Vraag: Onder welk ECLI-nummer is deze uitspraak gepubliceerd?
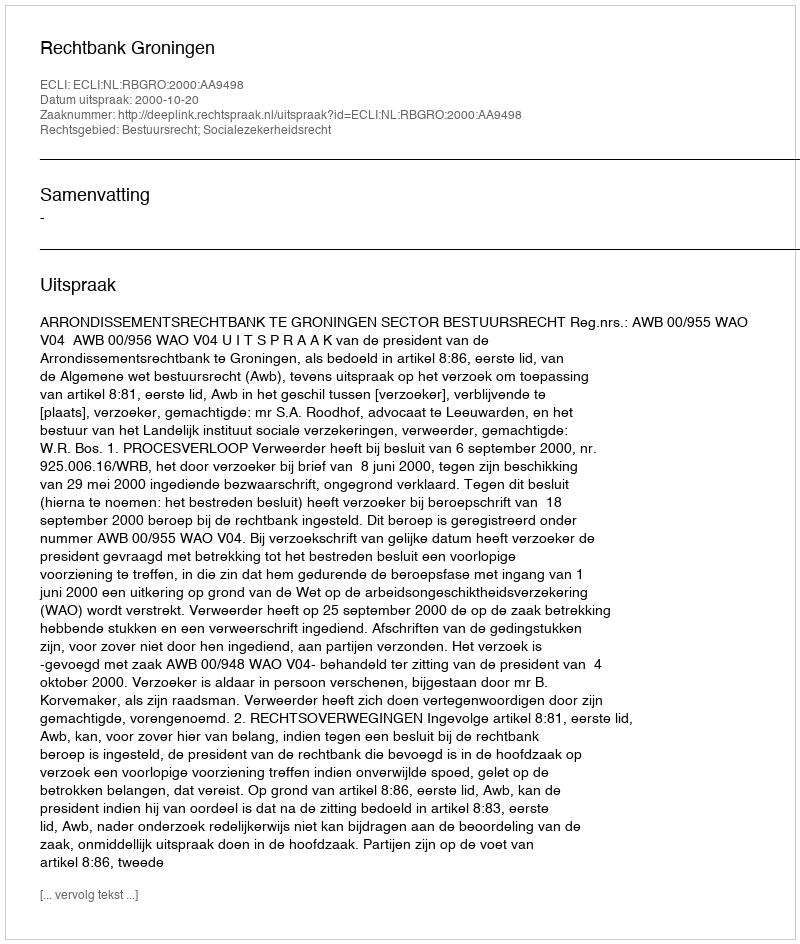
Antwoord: ECLI:NL:RBGRO:2000:AA9498